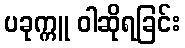
ပခုက္ကူ ဝါဆိုရခြင်း